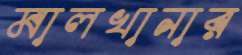
মালখানার